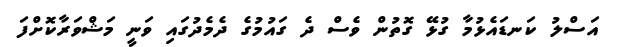
އަސްލު ކަނޑައެޅުމާ ގުޅޭ ގޮތުން ވެސް ދެ ގައުމުގެ ދެމެދުގައި ވަނީ މަޝްވަރާކޮށްފަ